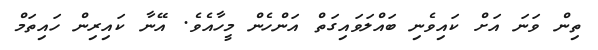
ތިން ވަނަ އަށް ކައިވެނި ބައްލަވައިގަތް އަންހެން މީހާއެވެ. އޭނާ ކައިރިން ހައިތަމް